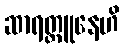
ဆာရတ္တူနေဟိ